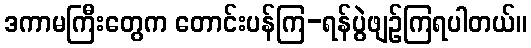
ဒကာမကြီးတွေက တောင်းပန်ကြ-ရန်ပွဲဖျဉ်ကြရပါတယ်။